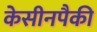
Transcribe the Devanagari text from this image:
केसीनपैकी